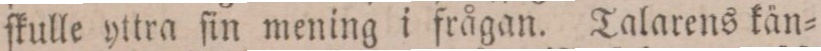
ſkulle yttra ſin mening i frågan. Talarens kän=